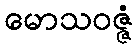
မောသဝဇ္ဇံ